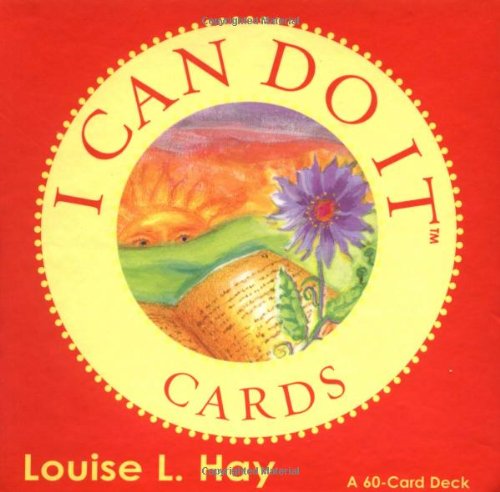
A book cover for I Can Do It Cards (Beautiful Card Deck); Louise Hay; Religion & Spirituality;